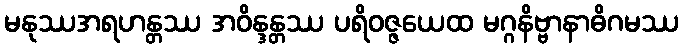
မနုဿအရဟန္တဿ အဝိန္ဒန္တဿ ပရိဝဇ္ဇယေထ မဂ္ဂနိဗ္ဗာနာဓိဂမဿ